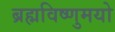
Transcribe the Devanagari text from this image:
ब्रह्मविष्णुमयो